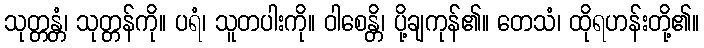
သုတ္တန္တံ၊ သုတ္တန်ကို။ ပရံ၊ သူတပါးကို။ ဝါစေန္တိ၊ ပို့ချကုန်၏။ တေသံ၊ ထိုရဟန်းတို့၏။